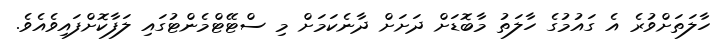
ހާލަތަށްވުރެ އެ ގައުމުގެ ހާލަތު މާބޮޑަށް ދަށަށް ދާނެކަމަށް މި ސްޓޭޓްމެންޓުގައި ލަފާކޮށްފައިވެއެވެ.